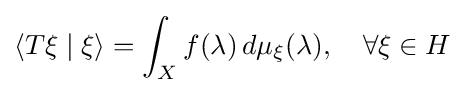
\langle T\xi \mid \xi \rangle =\int _{X}f(\lambda )\,d\mu _{\xi }(\lambda ),\quad \forall \xi \in H